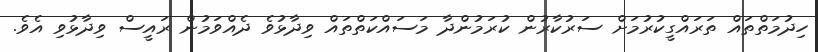
ހިދުމަތްތައް ތަރައްގީކުރުމަށް ސަރުކާރުން ކުރަމުންދާ މަސައްކަތްތައް ވިދާޅުވެ ދެއްވަމުން ރައީސް ވިދާޅުވި އެވެ.